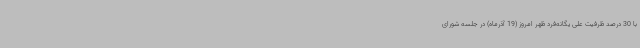
با 30 درصد ظرفیت علی یگانه‌فرد ظهر امروز (19 آذرماه) در جلسه شورای